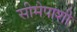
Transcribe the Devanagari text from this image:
सीमेपाशी